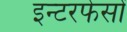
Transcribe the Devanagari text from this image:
इन्टरफेसों